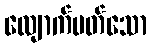
လျောက်ပတ်သော